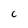
Character: C